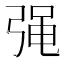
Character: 𭚷